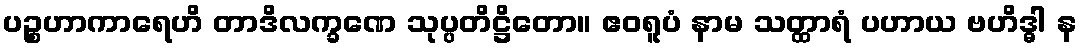
ပဉ္စဟာကာရေဟိ တာဒိလက္ခဏေ သုပ္ပတိဋ္ဌိတော။ ဧဝရူပံ နာမ သတ္ထာရံ ပဟာယ ဗဟိဒ္ဓါ န